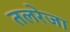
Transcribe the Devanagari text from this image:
तलरेजा